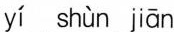
yí shùn jiān